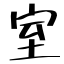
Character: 室